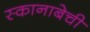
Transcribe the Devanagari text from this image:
स्कानाबेची